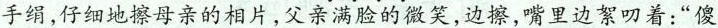
手绢,仔细地擦母亲的相片,父亲满脸的微笑,边擦,嘴里边絮叨着:“傻